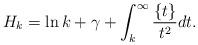
LaTeX: \begin{align*} H_k=\ln k + \gamma +\int_k^{\infty} \frac{\{t \}}{t^2}dt.\end{align*}